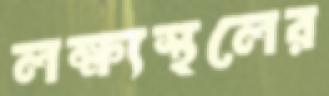
লক্ষ্যস্থলের